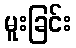
မူးခြင်း